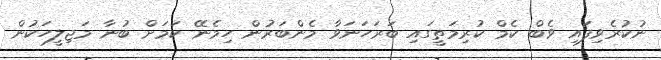
ނުކުރެވިފައި ވެބް ކެމް ކުރިމަތީގައި ބަރަހަނަވާ މެންބަރުން ހިމެނޭ ކަމަށް ބުނާ މަޖިލީހަކުން